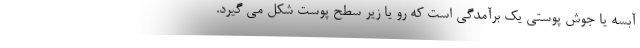
آبسه یا جوش پوستی یک برآمدگی است که رو یا زیر سطح پوست شکل می گیرد.